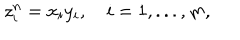
z _ { i } ^ { n } = x _ { i } y _ { i } , \quad i = 1 , . . . , m ,